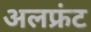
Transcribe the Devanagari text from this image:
अलफ्रंट